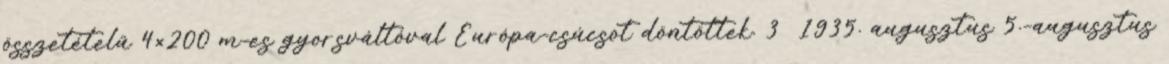
összetételű 4×200 m-es gyorsváltóval Európa-csúcsot döntöttek. 3 1935. augusztus 5.–augusztus